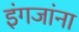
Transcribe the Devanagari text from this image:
इंगजांना